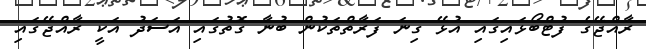
ރާއްޖޭގެ ފުޓްބޯޅައިގައި އުޅޭ ގިނަ ފަރާތްތަކުން ބުނާ ގޮތުގައި އަސަދު އަކީ ރާއްޖޭގައި